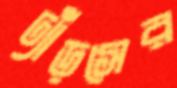
ঢ্যাঁড়সের